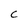
Character: C